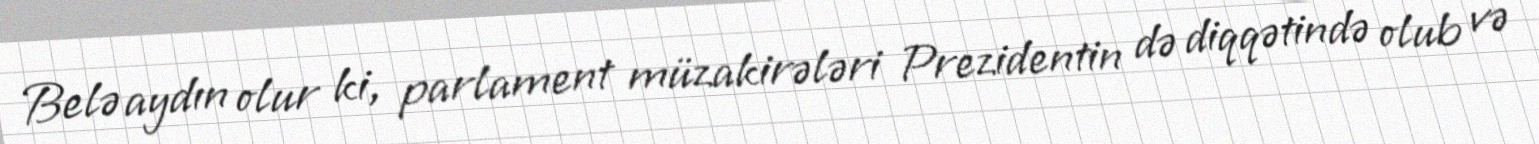
Belə aydın olur ki, parlament müzakirələri Prezidentin də diqqətində olub və